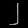
Digit: ၂